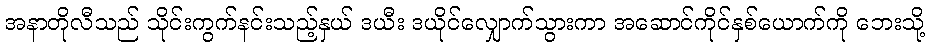
အနာတိုလီသည် သိုင်းကွက်နင်းသည့်နှယ် ဒယီး ဒယိုင်လျှောက်သွားကာ အဆောင်ကိုင်နှစ်ယောက်ကို ဘေးသို့